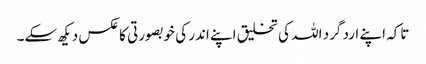
تاکہ اپنے ارد گرد اللہ کی تخلیق اپنے اندر کی خوبصورتی کا عکس دیکھ سکے۔